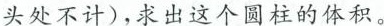
头处不计)，求出这个圆柱的体积。